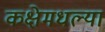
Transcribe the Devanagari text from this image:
कक्षेमधल्या